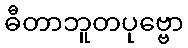
ဓီတာဘူတပုဗ္ဗော